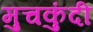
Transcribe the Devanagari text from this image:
मुचकुंदी